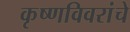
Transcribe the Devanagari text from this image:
कृष्णविवरांचे